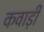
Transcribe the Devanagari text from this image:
कवाड़ी